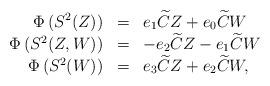
LaTeX: \begin{align*} \begin{array}{rcl} \Phi\left(S^2(Z)\right) & = & e_1 \widetilde C Z +e_0 \widetilde C W \\ \Phi\left(S^2(Z,W)\right) & = & -e_2\widetilde C Z -e_1\widetilde C W \\ \Phi\left(S^2(W)\right) & = & e_3\widetilde C Z +e_2\widetilde C W, \\ \end{array}\end{align*}